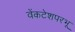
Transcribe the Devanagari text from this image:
वेंकटेशपरभू